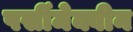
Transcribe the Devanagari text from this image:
पर्सीमेक्वीन